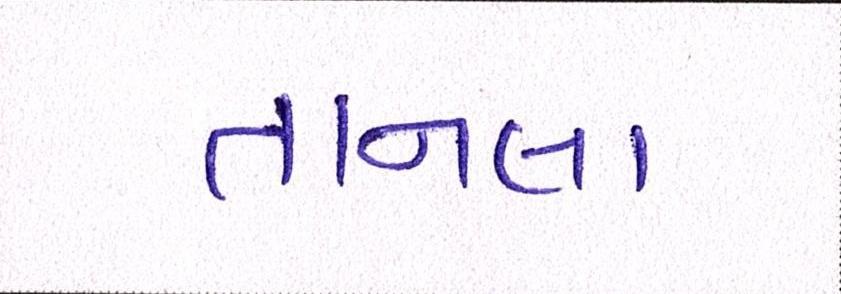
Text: તાનલા